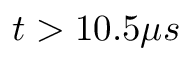
t > 1 0 . 5 \mu s